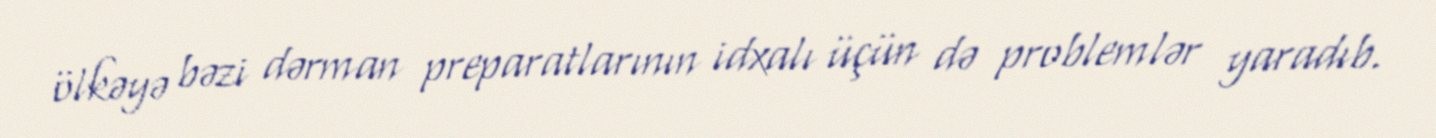
ölkəyə bəzi dərman preparatlarının idxalı üçün də problemlər yaradıb.